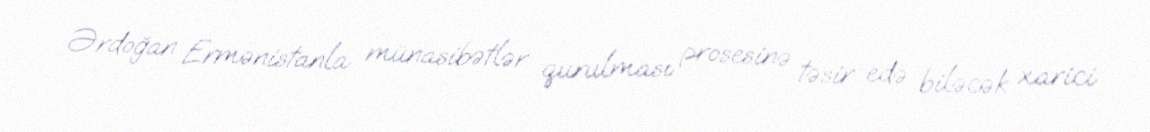
Ərdoğan Ermənistanla münasibətlər qurulması prosesinə təsir edə biləcək xarici